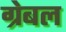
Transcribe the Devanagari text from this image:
ग्रेबल